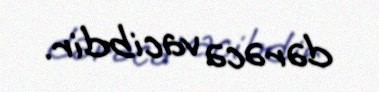
dərəcə vacibdir.